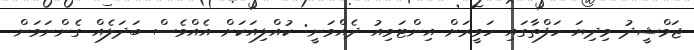
ޖަމްޝީދު މިދިޔަ ހަފްތާގައި ހަވީރަށް އިންޓަވިއު ދެއްވަނީ: ކުއްލިއަކަށް އެއްވެސް ބަދަލެއް ގެންނަވަން